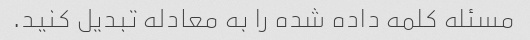
مسئله کلمه داده شده را به معادله تبدیل کنید.